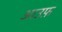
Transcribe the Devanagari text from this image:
आउफ़